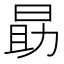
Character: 勗